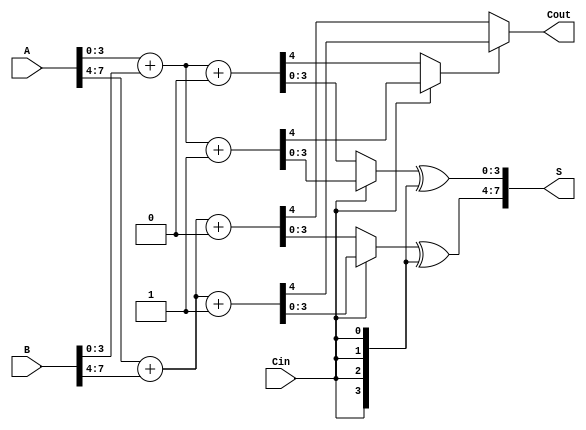
module HybridCarrySelectAdder #(parameter N = 8) (
    input  [N-1:0] A,      // First n-bit input
    input  [N-1:0] B,      // Second n-bit input
    input          Cin,     // Carry-in
    output [N-1:0] S,      // n-bit sum output
    output         Cout     // Carry-out
);

    localparam BLOCK_SIZE = 4; // Size of each block
    localparam NUM_BLOCKS = N / BLOCK_SIZE;

    wire [BLOCK_SIZE-1:0] sum0 [0:NUM_BLOCKS-1]; // Sum outputs for Cin = 0
    wire [BLOCK_SIZE-1:0] sum1 [0:NUM_BLOCKS-1]; // Sum outputs for Cin = 1
    wire [NUM_BLOCKS-1:0] carry0;                 // Carry-out for Cin = 0
    wire [NUM_BLOCKS-1:0] carry1;                 // Carry-out for Cin = 1
    wire [NUM_BLOCKS-1:0] selected_carry;        // Selected carry for each block

    // Generate carry and sum for each block
    genvar i;
    generate
        for (i = 0; i < NUM_BLOCKS; i = i + 1) begin : block
            wire [BLOCK_SIZE-1:0] A_block = A[(i+1)*BLOCK_SIZE-1:i*BLOCK_SIZE];
            wire [BLOCK_SIZE-1:0] B_block = B[(i+1)*BLOCK_SIZE-1:i*BLOCK_SIZE];

            // Carry generation for Cin = 0
            assign {carry0[i], sum0[i]} = A_block + B_block + 1'b0;

            // Carry generation for Cin = 1
            assign {carry1[i], sum1[i]} = A_block + B_block + 1'b1;

            // Select the appropriate carry for the next block
            if (i == 0) begin
                assign selected_carry[i] = Cin ? carry1[i] : carry0[i];
            end else begin
                assign selected_carry[i] = selected_carry[i-1] ? carry1[i] : carry0[i];
            end
        end
    endgenerate

    // Final sum calculation
    generate
        for (i = 0; i < NUM_BLOCKS; i = i + 1) begin : sum_block
            wire [BLOCK_SIZE-1:0] selected_sum = Cin ? sum1[i] : sum0[i];
            assign S[(i+1)*BLOCK_SIZE-1:i*BLOCK_SIZE] = selected_sum ^ {BLOCK_SIZE{Cin}};
        end
    endgenerate

    // Final carry-out
    assign Cout = selected_carry[NUM_BLOCKS-1];

endmodule